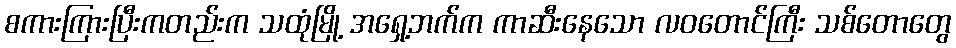
စကားကြားပြီးကတည်းက သထုံမြို့ အရှေ့ဘက်က ကာဆီးနေသော လဝတောင်ကြီး သစ်တောတွေ